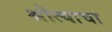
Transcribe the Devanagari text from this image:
श्रोत्याचा